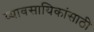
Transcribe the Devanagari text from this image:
व्यावसायिकांसाठी